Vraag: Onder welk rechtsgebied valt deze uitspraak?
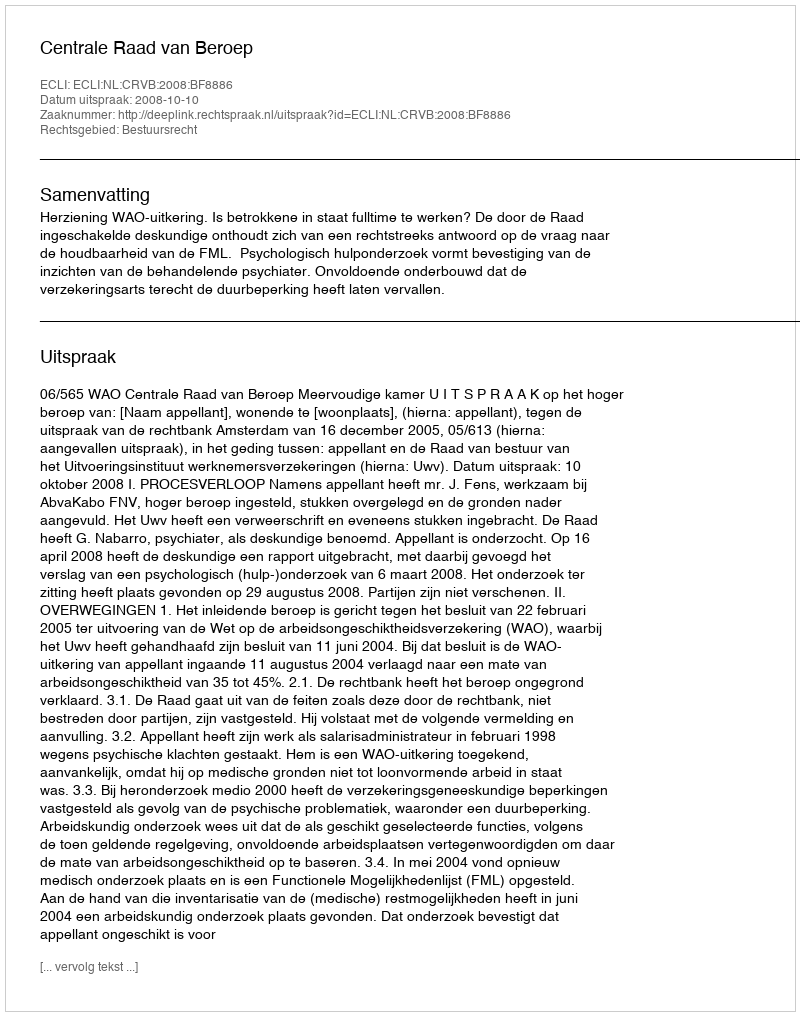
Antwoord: Bestuursrecht